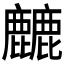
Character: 𱋁